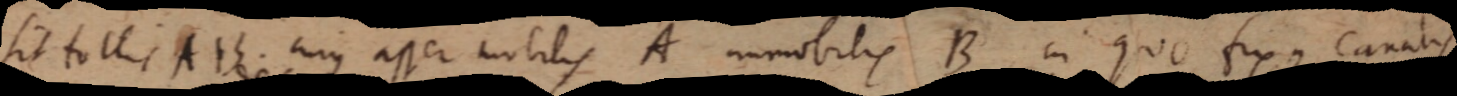
Sit follis AB cujus asser mobilis A immobilis B in quo fixus canalis